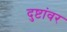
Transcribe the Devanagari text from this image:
दुष्टांवर